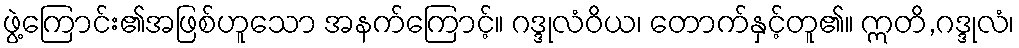
ဖွဲ့ကြောင်း၏အဖြစ်ဟူသော အနက်ကြောင့်။ ဂဒ္ဒုလံဝိယ၊ တောက်နှင့်တူ၏။ ဣတိ,ဂဒ္ဒုလံ၊